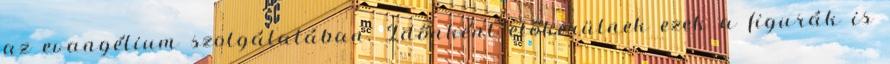
az evangélium szolgálatában. Időnként előkerülnek ezek a figurák is